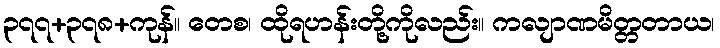
၃၇၇+၃၇၈+ကုန်။ တေစ၊ ထိုရဟန်းတို့ကိုလည်း။ ကလျာဏမိတ္တတာယ၊